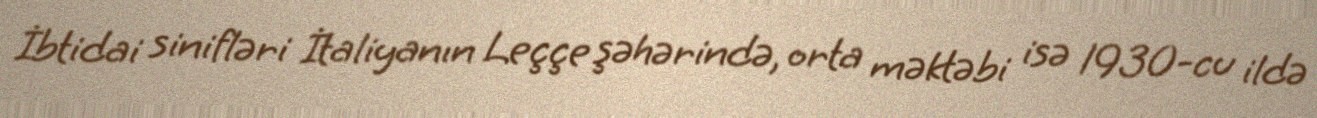
İbtidai sinifləri İtaliyanın Leççe şəhərində, orta məktəbi isə 1930-cu ildə